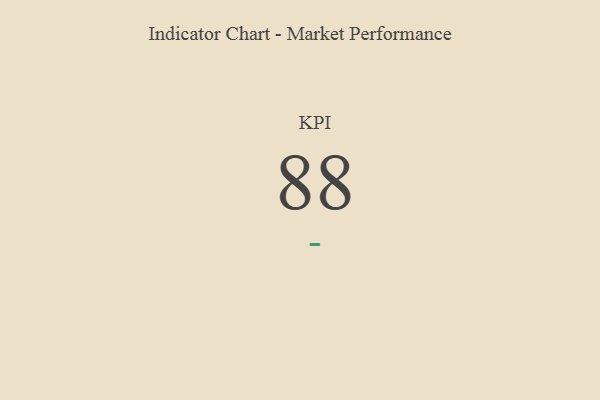
{"axis": {"x": "KPI", "y": "Value"}, "legend": [""], "data": [{"x": "KPI", "y": 88, "type": ""}]}